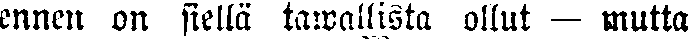
ennen on siellä tawallista ollut — mutta